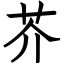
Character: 芥